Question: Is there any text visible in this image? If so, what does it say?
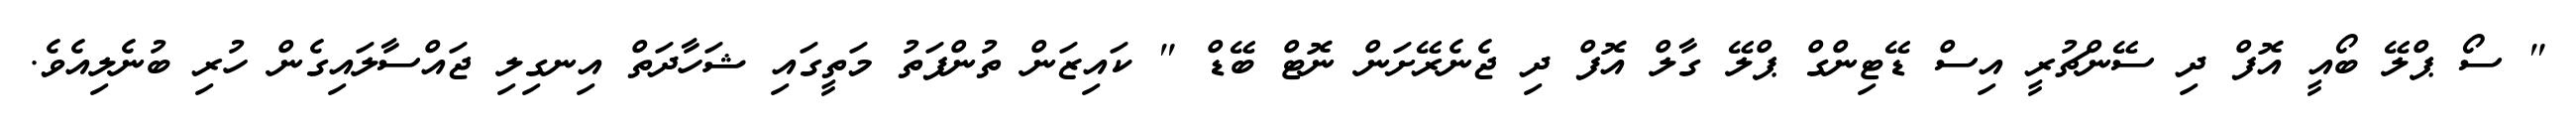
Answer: " ސޯ ޕްލޭ ބޯއީ އޮފް ދި ސޭންޗުރީ އިސް ޑޭޓިންގް ޕްލޭ ގާލް އޮފް ދި ޖެނެރޭށަން ނޮޓް ބޭޑް " ކައިޒަން ތުންފަތު މަތީގައި ޝަހާދަތް އިނގިލި ޖައްސާލައިގެން ހުރި ބުނެލިއެވެ.